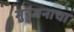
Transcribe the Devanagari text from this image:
मुरंजनाचा